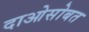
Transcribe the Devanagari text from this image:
दाओसोबत